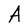
Character: A